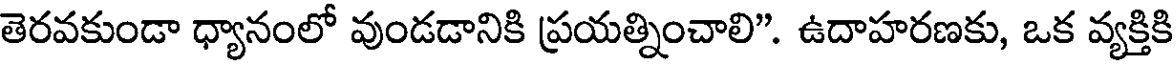
తెరవకుండా ధ్యానంలో వుండడానికి ప్రయత్నించాలి". ఉదాహరణకు, ఒక వ్యక్తికి